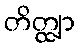
တိတ္ထျာ